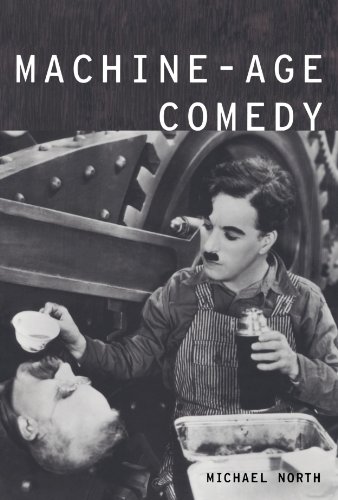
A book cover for Machine-Age Comedy (Modernist Literature and Culture); Michael North; Humor & Entertainment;